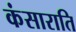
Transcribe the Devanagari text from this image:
कंसाराति